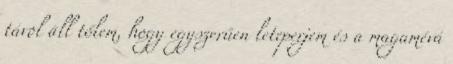
távol áll tőlem, hogy egyszerűen leteperjem és a magamévá